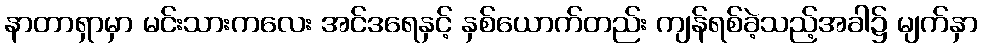
နာတာရှာမှာ မင်းသားကလေး အင်ဒရေနှင့် နှစ်ယောက်တည်း ကျန်ရစ်ခဲ့သည့်အခါ၌ မျက်နှာ